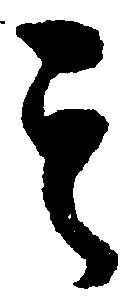
其